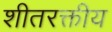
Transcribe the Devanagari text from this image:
शीतरक्तीय